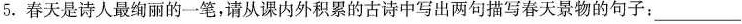
5.春天是诗人最绚丽的一笔，请从课内外积累的古诗中写出两句描写春天景物的句子：____